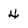
Character: 4